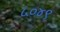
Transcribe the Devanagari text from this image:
५०४९